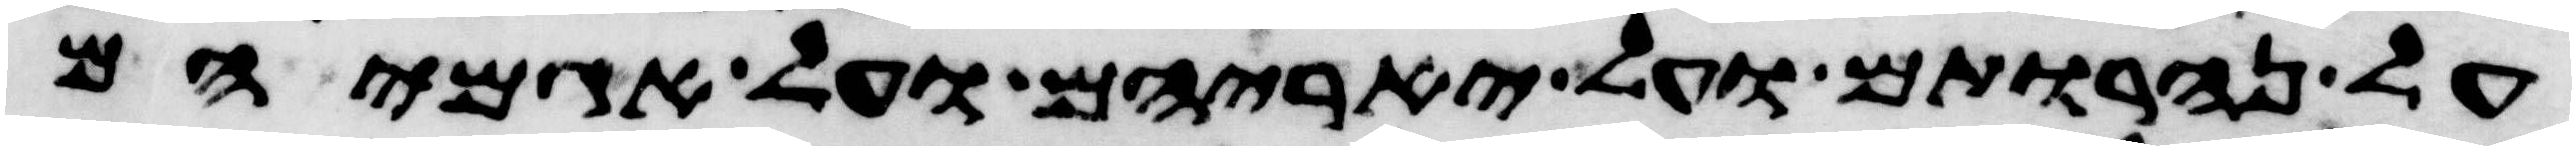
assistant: על נהרותם ועל יאריהם ועל אגמיהם